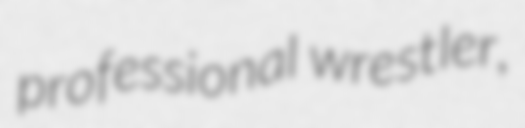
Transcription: professional wrestler,